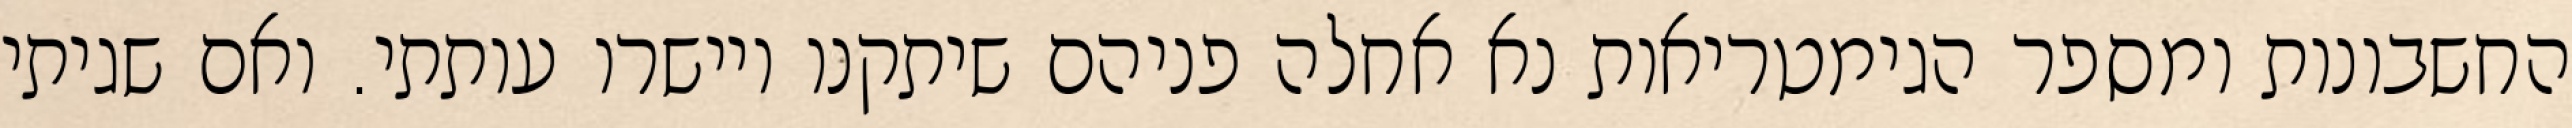
החשבונות ומספר הגימטריאות נא אחלה פניהם שיתקנו ויישרו עותתי. ואם שגיתי